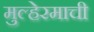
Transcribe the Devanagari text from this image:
मुल्हेरमाची